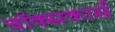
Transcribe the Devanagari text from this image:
बॉक्सकार्स